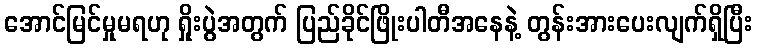
အောင်မြင်မှုမရဟု ရှိုးပွဲအတွက် ပြည်ခိုင်ဖြိုးပါတီအနေနဲ့ တွန်းအားပေးလျက်ရှိပြီး